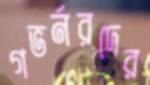
গভর্নরদের